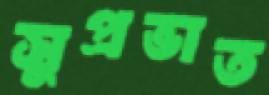
সুপ্রভাত